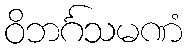
ဝိဘင်္ဂသမဏံ